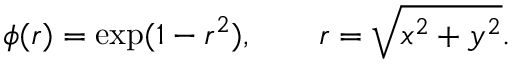
\phi ( r ) = \exp ( 1 - r ^ { 2 } ) , \quad \quad r = \sqrt { x ^ { 2 } + y ^ { 2 } } .